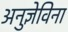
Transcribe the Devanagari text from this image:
अनुज्ञेविना